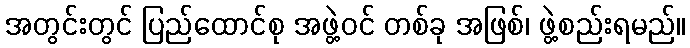
အတွင်းတွင် ပြည်ထောင်စု အဖွဲ့ဝင် တစ်ခု အဖြစ်၊ ဖွဲ့စည်းရမည်။